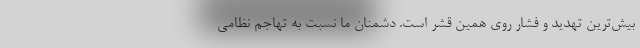
بیش‌ترین تهدید و فشار روی همین قشر است. دشمنان ما نسبت به تهاجم نظامی